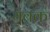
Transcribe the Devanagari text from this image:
यंबक